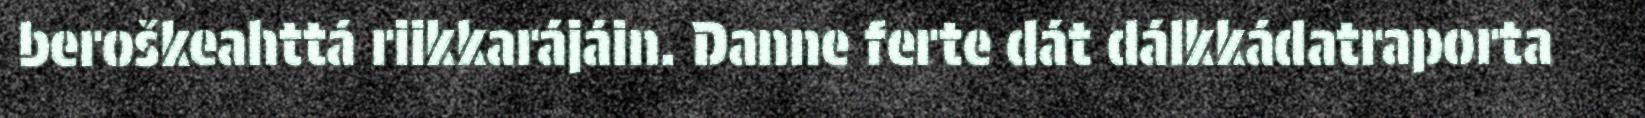
beroškeahttá riikkarájáin. Danne ferte dát dálkkádatraporta